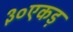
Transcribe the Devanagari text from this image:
३०एकड़